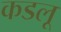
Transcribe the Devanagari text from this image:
कडलू